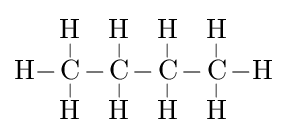
{\ce {H-{\overset {\displaystyle H \atop |}{\underset {| \atop \displaystyle H}{C}}}-{\overset {\displaystyle H \atop |}{\underset {| \atop \displaystyle H}{C}}}-{\overset {\displaystyle H \atop |}{\underset {| \atop \displaystyle H}{C}}}-{\overset {\displaystyle H \atop |}{\underset {| \atop \displaystyle H}{C}}}-H}}